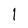
Character: l